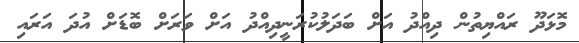
މޮޅަދޫ ރައްޔިތުން ދިއްދު އަށް ބަދަލުކުރަނީދިއްދު އަށް ވަރަށް ބޮޑަށް އުދަ އަރައި